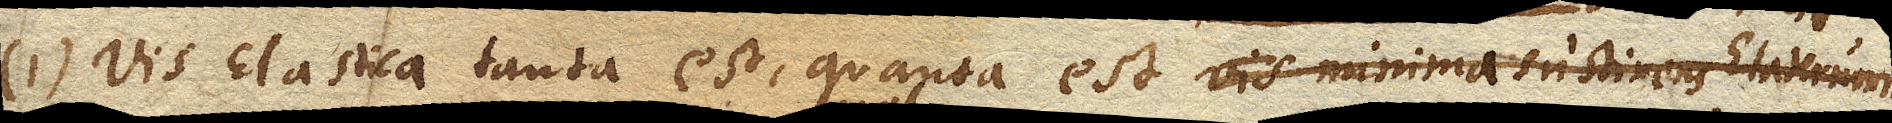
(1) Vis Elastica tanta est, quanta est Vis minima